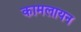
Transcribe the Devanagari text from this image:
कामलायन